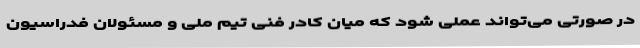
در صورتی می‌تواند عملی شود که میان کادر فنی تیم ملی و مسئولان فدراسیون